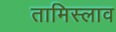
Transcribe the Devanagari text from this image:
तामिस्लाव